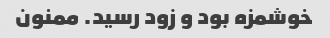
خوشمزه بود و زود رسید. ممنون